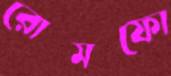
রোমফো